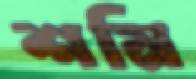
শমি